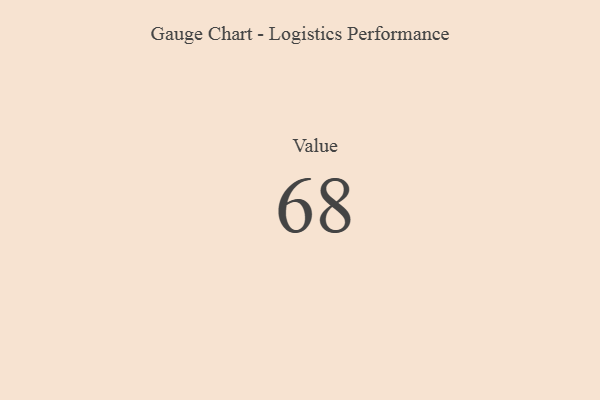
{"axis": {"x": "Metric", "y": "Value"}, "legend": [""], "data": [{"x": "Value", "y": 68, "type": ""}]}